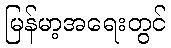
မြန်မာ့အရေးတွင်